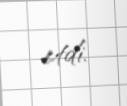
etdi.